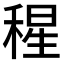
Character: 𥠀